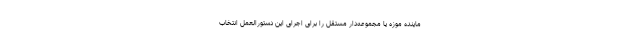
ماینده موزه یا مجموعه‌دار مستقل را برای اجرای این دستورالعمل انتخاب